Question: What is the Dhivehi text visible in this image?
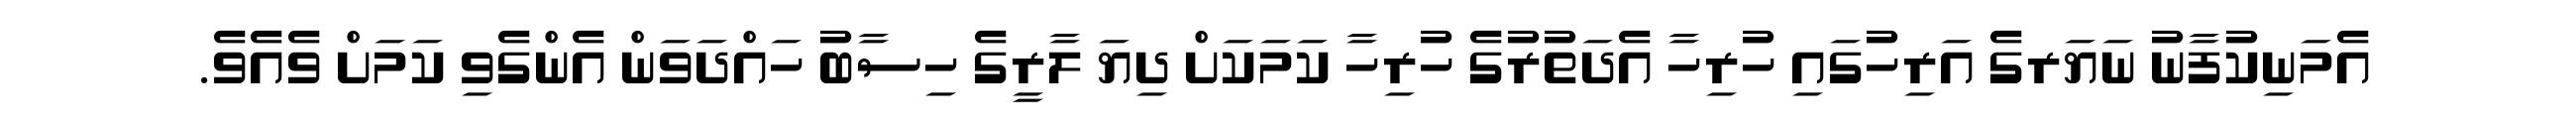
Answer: އެމަނިކުފާނު ނަޔަރގެ އަރިހުގައި ހުރިހާ އެދަތުރުގެ ހުރިހާ ކަމަކަށް ދިޔަ ލާރީގެ ހިސާބު ހައްދަވަން އެންގެވި ކަމަށް ވެއެވެ.